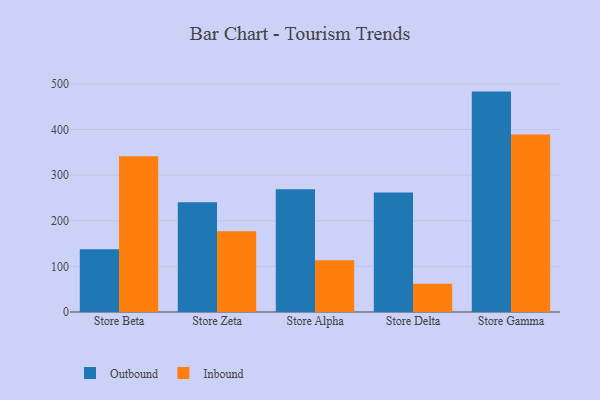
{"axis": {"x": "Store", "y": "Page Views"}, "legend": ["Inbound", "Outbound"], "data": [{"x": "Store Beta", "y": 137.3, "type": "Outbound"}, {"x": "Store Beta", "y": 341.2, "type": "Inbound"}, {"x": "Store Zeta", "y": 240.4, "type": "Outbound"}, {"x": "Store Zeta", "y": 177.1, "type": "Inbound"}, {"x": "Store Alpha", "y": 269.0, "type": "Outbound"}, {"x": "Store Alpha", "y": 113.3, "type": "Inbound"}, {"x": "Store Delta", "y": 262.0, "type": "Outbound"}, {"x": "Store Delta", "y": 62.1, "type": "Inbound"}, {"x": "Store Gamma", "y": 483.1, "type": "Outbound"}, {"x": "Store Gamma", "y": 389.2, "type": "Inbound"}]}